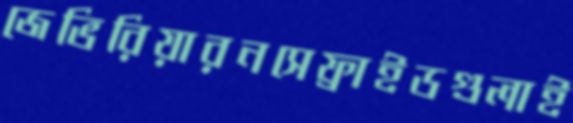
জেভিরিয়ারনসেফ্রাইডগুলাই